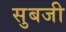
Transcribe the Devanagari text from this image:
सुबजी